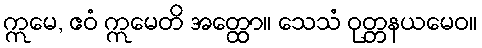
ဣမေ, ဧဝံ ဣမေတိ အတ္ထော။ သေသံ ဝုတ္တနယမေဝ။